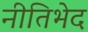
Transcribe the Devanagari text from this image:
नीतिभेद